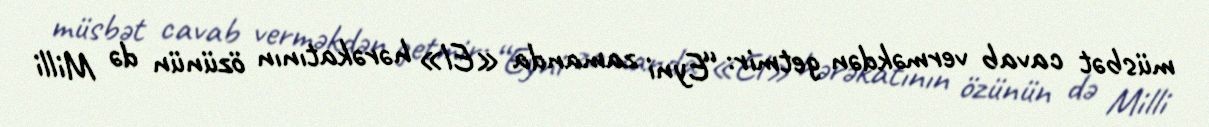
müsbət cavab verməkdən getmir: “Eyni zamanda «El» hərəkatının özünün də Milli